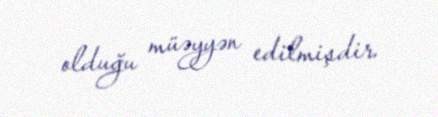
olduğu müəyyən edilmişdir.